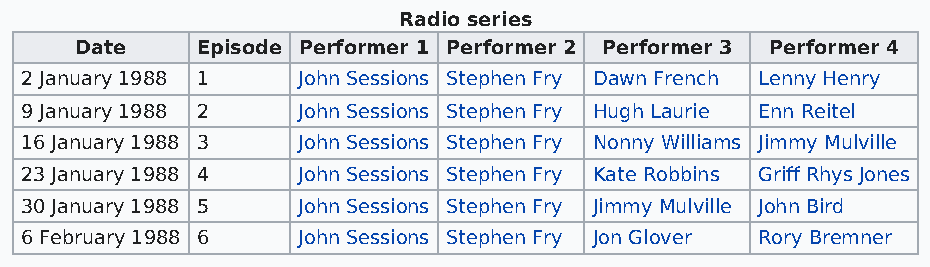
Radio series
 Date    Episode Performer 1 Performer 2 Performer 3 Performer 4
 2 January 1988 1   John Sessions Stephen Fry Dawn French Lenny Henry
 9 January 1988 2   John Sessions Stephen Fry Hugh Laurie Enn Reitel
 16 January 1988 3  John Sessions Stephen Fry Nonny Williams Jimmy Mulville
 23 January 1988 4  John Sessions Stephen Fry Kate Robbins Griff Rhys Jones
 30 January 1988 5  John Sessions Stephen Fry Jimmy Mulville John Bird
 6 February 1988 6  John Sessions Stephen Fry Jon Glover Rory Bremner